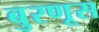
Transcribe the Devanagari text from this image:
बुरणूस